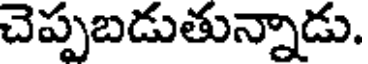
చెప్పబడుతున్నాడు.